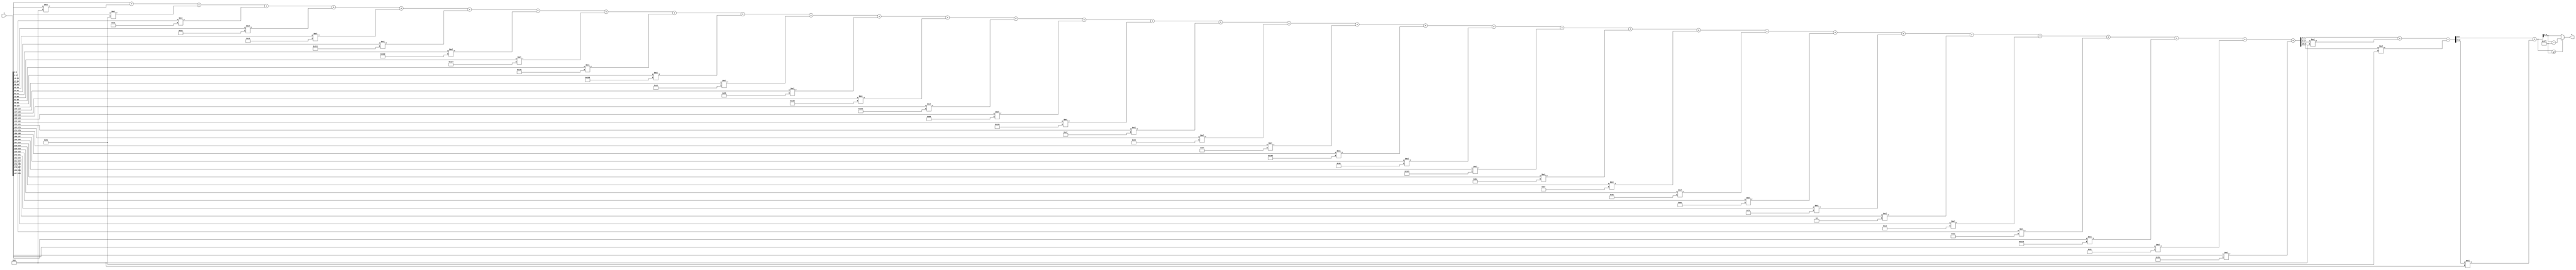
module x_300_mod_503(
    input [300:1] X,
    output [9:1] R
    );

wire [22:1] R_temp_1;
wire [13:1] R_temp_2;
wire [10:1] R_temp_3;
reg [9:1]  R_temp;

assign R_temp_1 = X [ 9 : 1 ]  + X [ 18 : 10 ] * 4'b1001 + X [ 27 : 19 ] * 7'b1010001 + 
X [ 36 : 28 ] * 8'b11100010 + X [ 45 : 37 ] * 5'b10110 + X [ 54 : 46 ] * 8'b11000110 + 
X [ 63 : 55 ] * 9'b100010001 + X [ 72 : 64 ] * 9'b110111101 + X [ 81 : 73 ] * 9'b111100100 + 
X [ 90 : 82 ] * 9'b101001100 + X [ 99 : 91 ] * 9'b111011001 + X [ 108 : 100 ] * 8'b11101001 + 
X [ 117 : 109 ] * 7'b1010101 + X [ 126 : 118 ] * 9'b100000110 + X [ 135 : 127 ] * 9'b101011010 + 
X [ 144 : 136 ] * 7'b1100000 + X [ 153 : 145 ] * 9'b101101001 + X [ 162 : 154 ] * 8'b11100111 + 
X [ 171 : 163 ] * 7'b1000011 + X [ 180 : 172 ] * 7'b1100100 + X [ 189 : 181 ] * 9'b110001101 + 
X [ 198 : 190 ] * 6'b110100 + X [ 207 : 199 ] * 9'b111010100 + X [ 216 : 208 ] * 8'b10111100 + 
X [ 225 : 217 ] * 8'b10110111 + X [ 234 : 226 ] * 8'b10001010 + X [ 243 : 235 ] * 8'b11101100 + 
X [ 252 : 244 ] * 7'b1110000 + X [ 261 : 253 ] * 2'b10 + X [ 270 : 262 ] * 5'b10010 + 
X [ 279 : 271 ] * 8'b10100010 + X [ 288 : 280 ] * 9'b111000100 + X [ 297 : 289 ] * 6'b101100 + 
X [ 300 : 298 ] * 9'b110001100 ;

assign R_temp_2 = R_temp_1 [ 9 : 1 ]  + R_temp_1 [ 18 : 10 ] * 4'b1001 + R_temp_1 [ 22 : 19 ] * 7'b1010001 ;

assign R_temp_3 = R_temp_2 [ 9 : 1 ]  + R_temp_2 [ 13 : 10 ] * 4'b1001 ;

always @(R_temp_3)
begin
  if (R_temp_3 >= 9'b111110111)
    R_temp <= R_temp_3 - 9'b111110111;
  else
    R_temp <= R_temp_3;
end

assign R = R_temp;

endmodule